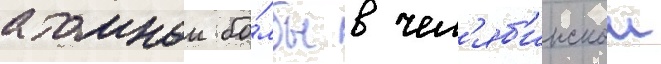
атомнои бо́мбы в чел'яб'инскои